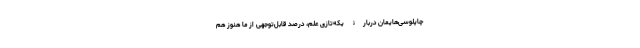
چاپلوسی‌هایمان دربارۀ یکه‌تازی علم، درصد قابل‌توجهی از ما هنوز هم